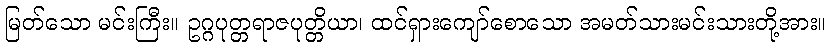
မြတ်သော မင်းကြီး။ ဥဂ္ဂပုတ္တရာဇပုတ္တိယာ၊ ထင်ရှားကျော်စောသော အမတ်သားမင်းသားတို့အား။